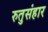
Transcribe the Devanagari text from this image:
रुतुसंहार